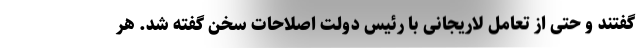
گفتند و حتی از تعامل لاریجانی با رئیس دولت اصلاحات سخن گفته شد. هر